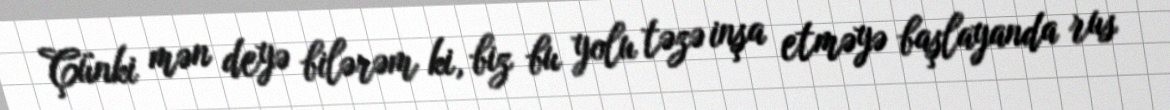
Çünki mən deyə bilərəm ki, biz bu yolu təzə inşa etməyə başlayanda rus